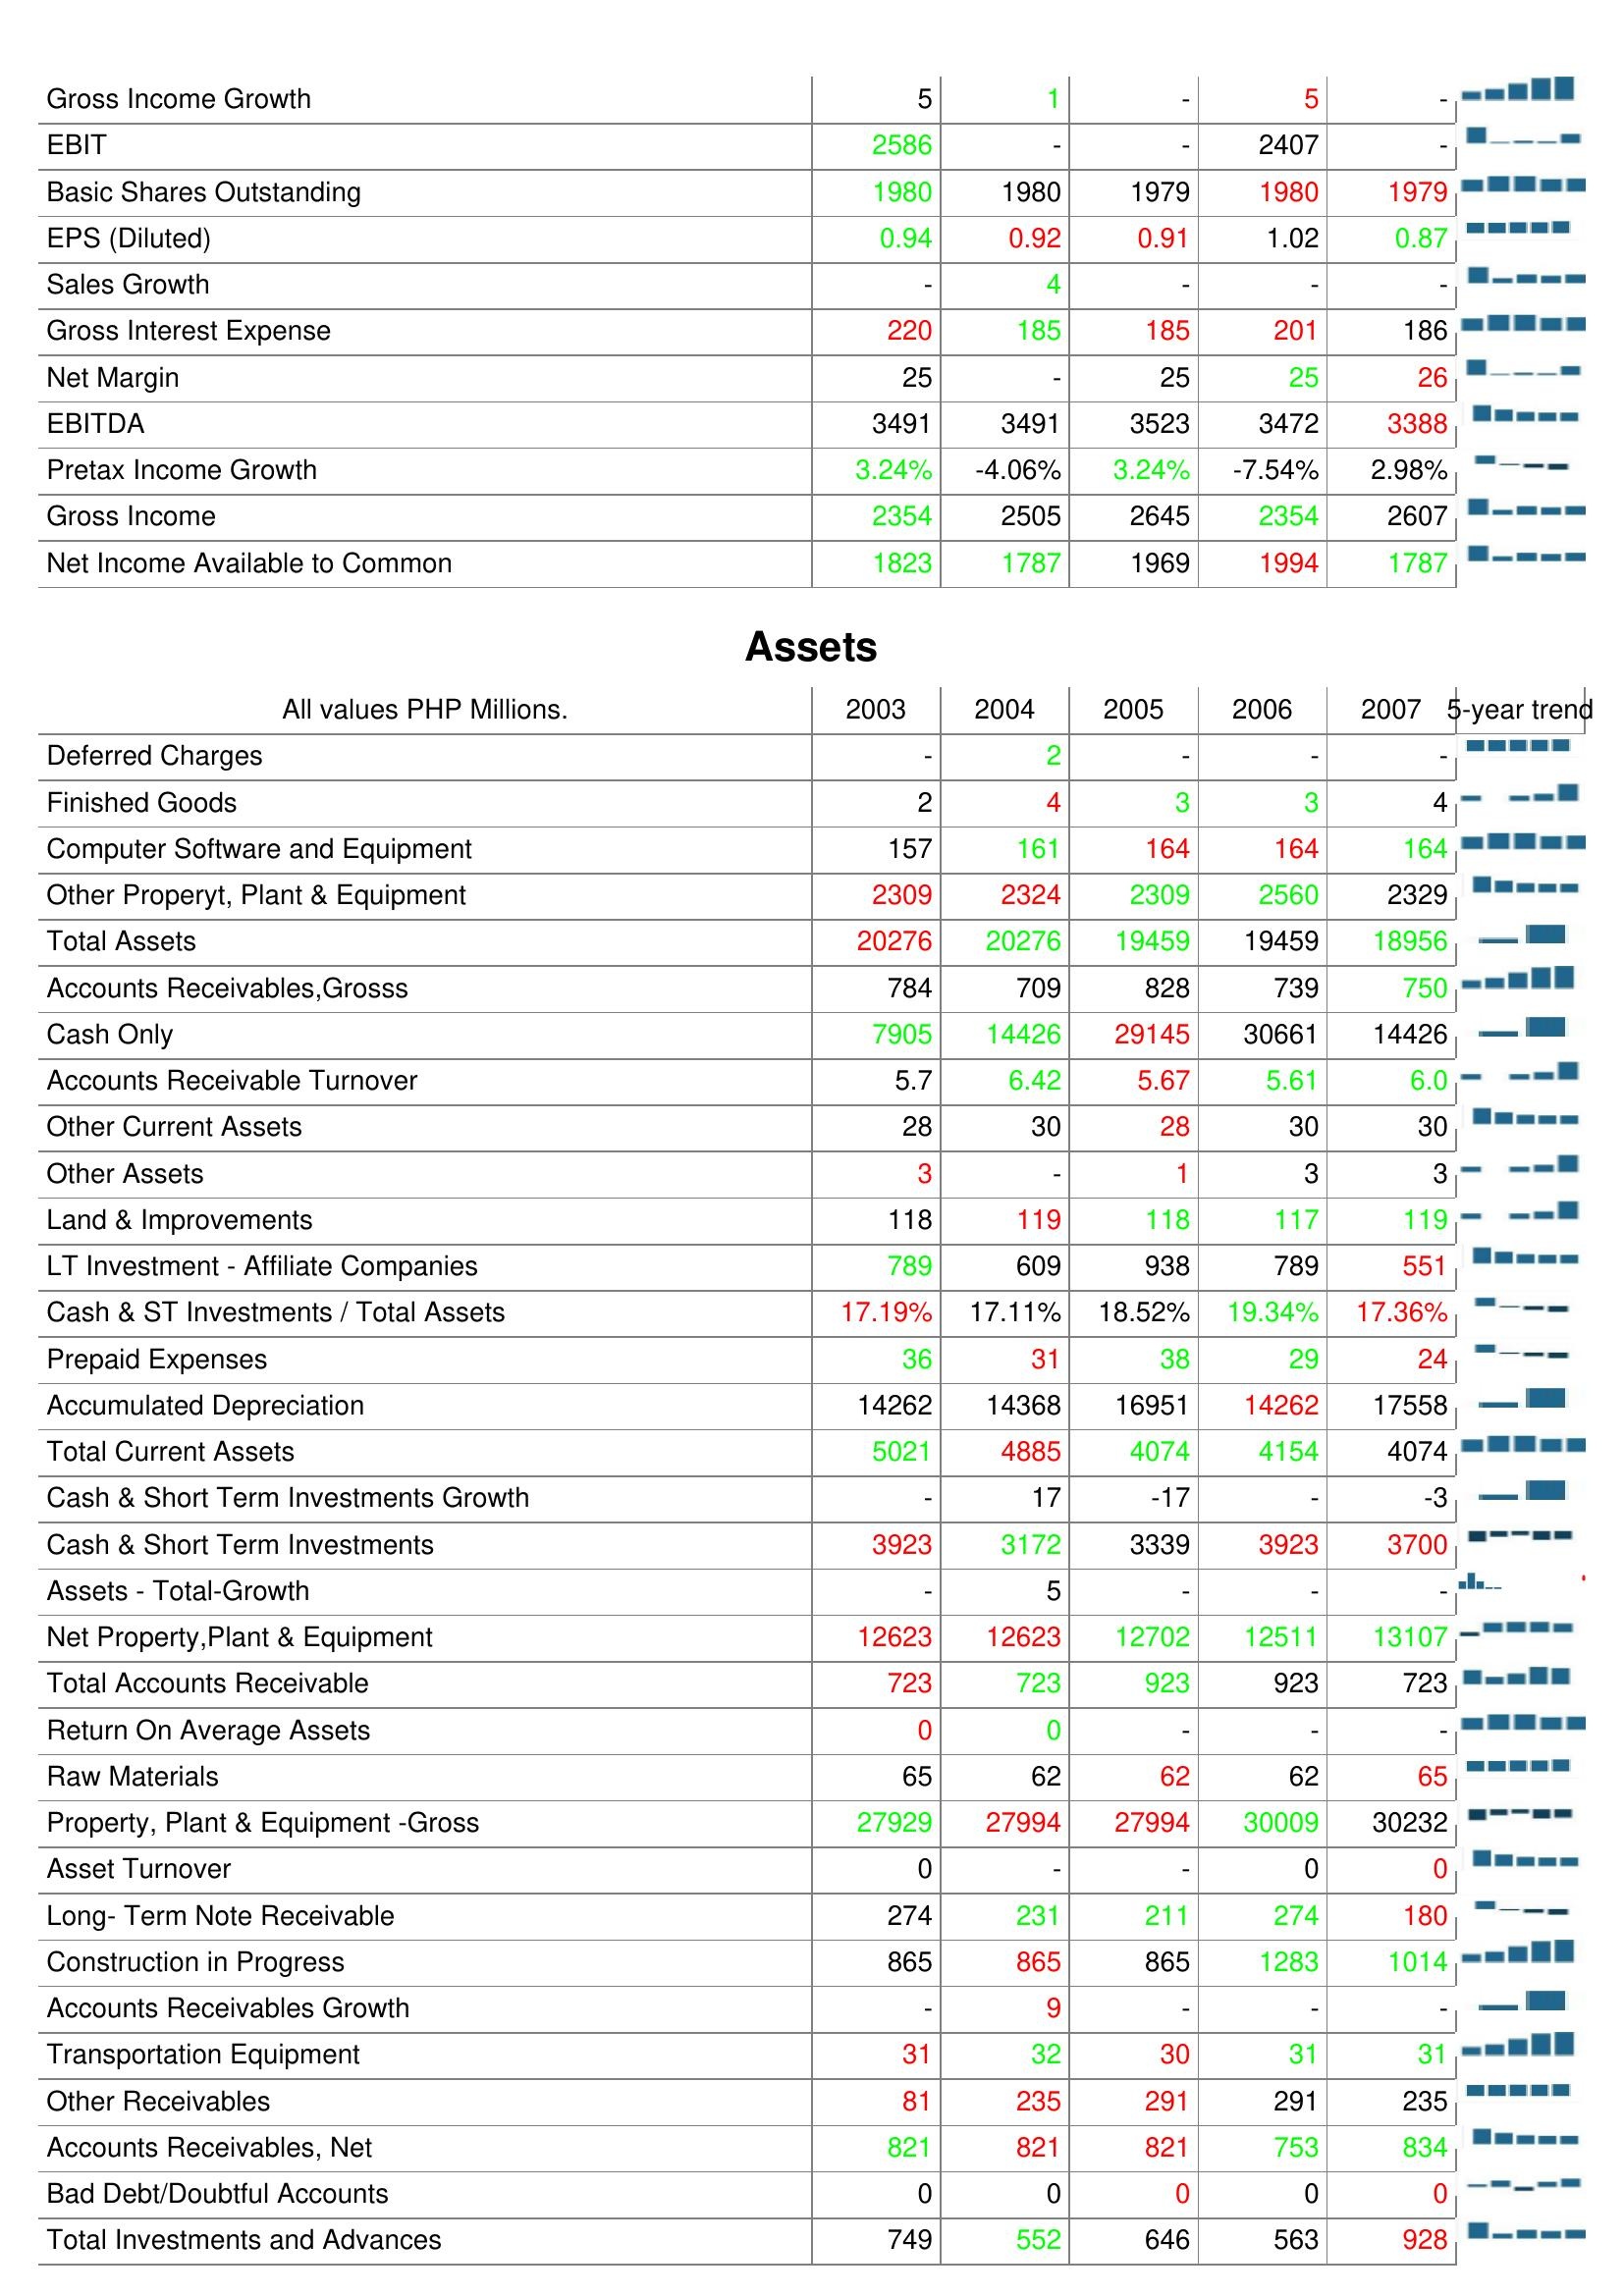
2003: : Gross Income Growth: 5
EBIT: 2586
Basic Shares Outstanding: 1980
EPS (Diluted): 0.94
Sales Growth: -
Gross Interest Expense: 220
Net Margin: 25
EBITDA: 3491
Pretax Income Growth: 3.24%
Gross Income: 2354
Net Income Available to Common: 1823
Assets: Deferred Charges: -
Finished Goods: 2
Computer Software and Equipment: 157
Other Properyt, Plant & Equipment: 2309
Total Assets: 20276
Accounts Receivables,Grosss: 784
Cash Only: 7905
Accounts Receivable Turnover: 5.7
Other Current Assets: 28
Other Assets: 3
Land & Improvements: 118
LT Investment - Affiliate Companies: 789
Cash & ST Investments / Total Assets: 17.19%
Prepaid Expenses: 36
Accumulated Depreciation: 14262
Total Current Assets: 5021
Cash & Short Term Investments Growth: -
Cash & Short Term Investments: 3923
Assets - Total-Growth: -
Net Property,Plant & Equipment: 12623
Total Accounts Receivable: 723
Return On Average Assets: 0
Raw Materials: 65
Property, Plant & Equipment -Gross: 27929
Asset Turnover: 0
Long- Term Note Receivable: 274
Construction in Progress: 865
Accounts Receivables Growth: -
Transportation Equipment: 31
Other Receivables: 81
Accounts Receivables, Net: 821
Bad Debt/Doubtful Accounts: 0
Total Investments and Advances: 749
2004: : Gross Income Growth: 1
EBIT: -
Basic Shares Outstanding: 1980
EPS (Diluted): 0.92
Sales Growth: 4
Gross Interest Expense: 185
Net Margin: -
EBITDA: 3491
Pretax Income Growth: -4.06%
Gross Income: 2505
Net Income Available to Common: 1787
Assets: Deferred Charges: 2
Finished Goods: 4
Computer Software and Equipment: 161
Other Properyt, Plant & Equipment: 2324
Total Assets: 20276
Accounts Receivables,Grosss: 709
Cash Only: 14426
Accounts Receivable Turnover: 6.42
Other Current Assets: 30
Other Assets: -
Land & Improvements: 119
LT Investment - Affiliate Companies: 609
Cash & ST Investments / Total Assets: 17.11%
Prepaid Expenses: 31
Accumulated Depreciation: 14368
Total Current Assets: 4885
Cash & Short Term Investments Growth: 17
Cash & Short Term Investments: 3172
Assets - Total-Growth: 5
Net Property,Plant & Equipment: 12623
Total Accounts Receivable: 723
Return On Average Assets: 0
Raw Materials: 62
Property, Plant & Equipment -Gross: 27994
Asset Turnover: -
Long- Term Note Receivable: 231
Construction in Progress: 865
Accounts Receivables Growth: 9
Transportation Equipment: 32
Other Receivables: 235
Accounts Receivables, Net: 821
Bad Debt/Doubtful Accounts: 0
Total Investments and Advances: 552
2005: : Gross Income Growth: -
EBIT: -
Basic Shares Outstanding: 1979
EPS (Diluted): 0.91
Sales Growth: -
Gross Interest Expense: 185
Net Margin: 25
EBITDA: 3523
Pretax Income Growth: 3.24%
Gross Income: 2645
Net Income Available to Common: 1969
Assets: Deferred Charges: -
Finished Goods: 3
Computer Software and Equipment: 164
Other Properyt, Plant & Equipment: 2309
Total Assets: 19459
Accounts Receivables,Grosss: 828
Cash Only: 29145
Accounts Receivable Turnover: 5.67
Other Current Assets: 28
Other Assets: 1
Land & Improvements: 118
LT Investment - Affiliate Companies: 938
Cash & ST Investments / Total Assets: 18.52%
Prepaid Expenses: 38
Accumulated Depreciation: 16951
Total Current Assets: 4074
Cash & Short Term Investments Growth: -17
Cash & Short Term Investments: 3339
Assets - Total-Growth: -
Net Property,Plant & Equipment: 12702
Total Accounts Receivable: 923
Return On Average Assets: -
Raw Materials: 62
Property, Plant & Equipment -Gross: 27994
Asset Turnover: -
Long- Term Note Receivable: 211
Construction in Progress: 865
Accounts Receivables Growth: -
Transportation Equipment: 30
Other Receivables: 291
Accounts Receivables, Net: 821
Bad Debt/Doubtful Accounts: 0
Total Investments and Advances: 646
2006: : Gross Income Growth: 5
EBIT: 2407
Basic Shares Outstanding: 1980
EPS (Diluted): 1.02
Sales Growth: -
Gross Interest Expense: 201
Net Margin: 25
EBITDA: 3472
Pretax Income Growth: -7.54%
Gross Income: 2354
Net Income Available to Common: 1994
Assets: Deferred Charges: -
Finished Goods: 3
Computer Software and Equipment: 164
Other Properyt, Plant & Equipment: 2560
Total Assets: 19459
Accounts Receivables,Grosss: 739
Cash Only: 30661
Accounts Receivable Turnover: 5.61
Other Current Assets: 30
Other Assets: 3
Land & Improvements: 117
LT Investment - Affiliate Companies: 789
Cash & ST Investments / Total Assets: 19.34%
Prepaid Expenses: 29
Accumulated Depreciation: 14262
Total Current Assets: 4154
Cash & Short Term Investments Growth: -
Cash & Short Term Investments: 3923
Assets - Total-Growth: -
Net Property,Plant & Equipment: 12511
Total Accounts Receivable: 923
Return On Average Assets: -
Raw Materials: 62
Property, Plant & Equipment -Gross: 30009
Asset Turnover: 0
Long- Term Note Receivable: 274
Construction in Progress: 1283
Accounts Receivables Growth: -
Transportation Equipment: 31
Other Receivables: 291
Accounts Receivables, Net: 753
Bad Debt/Doubtful Accounts: 0
Total Investments and Advances: 563
2007: : Gross Income Growth: -
EBIT: -
Basic Shares Outstanding: 1979
EPS (Diluted): 0.87
Sales Growth: -
Gross Interest Expense: 186
Net Margin: 26
EBITDA: 3388
Pretax Income Growth: 2.98%
Gross Income: 2607
Net Income Available to Common: 1787
Assets: Deferred Charges: -
Finished Goods: 4
Computer Software and Equipment: 164
Other Properyt, Plant & Equipment: 2329
Total Assets: 18956
Accounts Receivables,Grosss: 750
Cash Only: 14426
Accounts Receivable Turnover: 6.0
Other Current Assets: 30
Other Assets: 3
Land & Improvements: 119
LT Investment - Affiliate Companies: 551
Cash & ST Investments / Total Assets: 17.36%
Prepaid Expenses: 24
Accumulated Depreciation: 17558
Total Current Assets: 4074
Cash & Short Term Investments Growth: -3
Cash & Short Term Investments: 3700
Assets - Total-Growth: -
Net Property,Plant & Equipment: 13107
Total Accounts Receivable: 723
Return On Average Assets: -
Raw Materials: 65
Property, Plant & Equipment -Gross: 30232
Asset Turnover: 0
Long- Term Note Receivable: 180
Construction in Progress: 1014
Accounts Receivables Growth: -
Transportation Equipment: 31
Other Receivables: 235
Accounts Receivables, Net: 834
Bad Debt/Doubtful Accounts: 0
Total Investments and Advances: 928